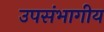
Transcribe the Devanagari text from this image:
उपसंभागीय